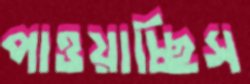
পাওয়াচ্ছিস